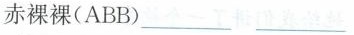
赤裸裸(ABB)___ ___